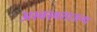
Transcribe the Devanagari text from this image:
अस्वस्थताजन्य